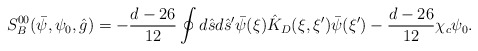
\begin{align*}{S_B^{00}}(\bar{\psi},{\psi_0},\hat{g})=-{{d-26}\over{12}}\oint{d}\hat{s}d{\hat{s}'}\bar{\psi}(\xi){\hat{K}_{D}}(\xi,\xi')\bar{\psi}(\xi')-{{d-26}\over{12}}{\chi_c}{\psi_0}.\end{align*}